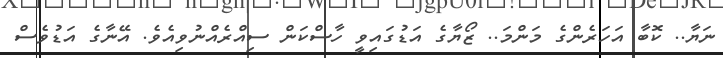
ނަޔާ.. ކޮބާ އަހަރެންގެ މަންމަ.. ޒޯޔާގެ އަޑުގައިވީ ހާސްކަން ސިއްރެއްނުވިއެވެ. އޭނާގެ އަޑުވެސް